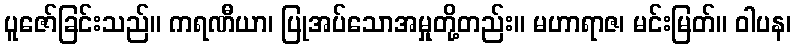
ပူဇော်ခြင်းသည်။ ကရဏီယာ၊ ပြုအပ်သောအမှုတို့တည်း။ မဟာရာဇ၊ မင်းမြတ်။ ဝါပန၊